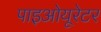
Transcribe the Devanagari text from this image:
पाइओयूरेटर